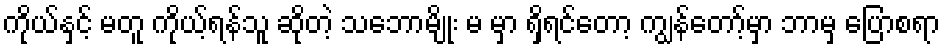
ကိုယ်နှင့် မတူ ကိုယ့်ရန်သူ ဆိုတဲ့ သဘောမျိုး မ မှာ ရှိရင်တော့ ကျွန်တော့်မှာ ဘာမှ ပြောစရာ